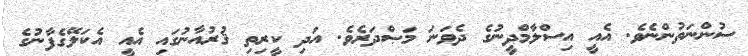
ސުންނަތުންނެވެ. އެއީ އިސްލާމްދީނުގެ ދެވަނަ މަޞްދަރެވެ. އަދި ކީރިތި ޤުރުއާނުގައި އެއީ އެކަލޭގެފާނުގެ